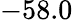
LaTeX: -58.0